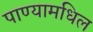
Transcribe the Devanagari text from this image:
पाण्यामधिल